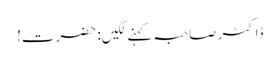
ڈاکٹر صاحبہ کہنے لگیں: حضرت!